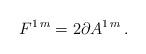
LaTeX: \begin{align*}F^{1\, m} = 2\partial A^{1\, m}\, .\end{align*}